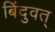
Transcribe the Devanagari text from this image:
बिंदुवत्